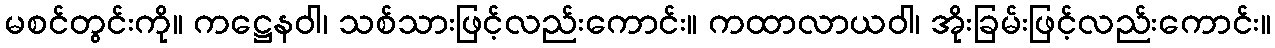
မစင်တွင်းကို။ ကဋ္ဌေနဝါ၊ သစ်သားဖြင့်လည်းကောင်း။ ကထာလာယဝါ၊ အိုးခြမ်းဖြင့်လည်းကောင်း။